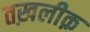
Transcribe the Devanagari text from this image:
तख़लीक़